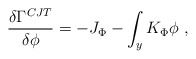
\begin{align*}{\delta \Gamma^{CJT} \over \delta \phi} = - J_\Phi - \int_y K_\Phi \phi ~,\end{align*}